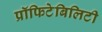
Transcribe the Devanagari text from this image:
प्रॉफिटेबिलिटी